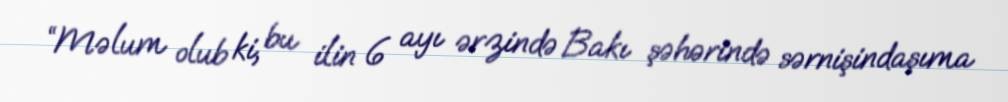
“Məlum olub ki, bu ilin 6 ayı ərzində Bakı şəhərində sərnişindaşıma